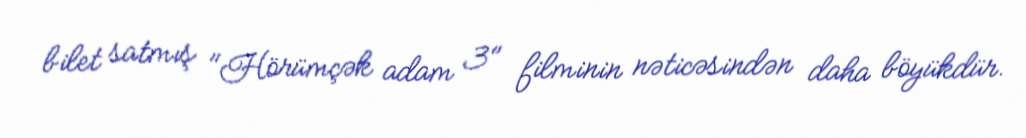
bilet satmış "Hörümçək adam 3" filminin nəticəsindən daha böyükdür.